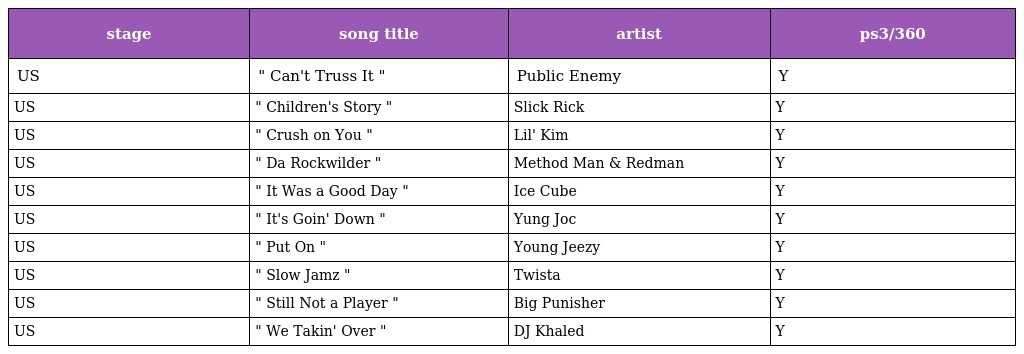
| stage | song title | artist | ps3/360 |
 | --- | --- | --- | --- |
 | US | " Can't Truss It " | Public Enemy | Y |
 | US | " Children's Story " | Slick Rick | Y |
 | US | " Crush on You " | Lil' Kim | Y |
 | US | " Da Rockwilder " | Method Man & Redman | Y |
 | US | " It Was a Good Day " | Ice Cube | Y |
 | US | " It's Goin' Down " | Yung Joc | Y |
 | US | " Put On " | Young Jeezy | Y |
 | US | " Slow Jamz " | Twista | Y |
 | US | " Still Not a Player " | Big Punisher | Y |
 | US | " We Takin' Over " | DJ Khaled | Y |